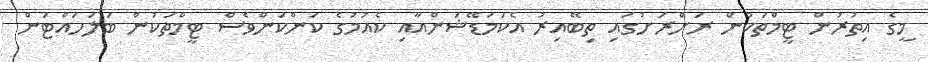
މީގެ އިތުރުން ޓީމްތަކުން ރަށްރަށުގައި ތިބޭއިރު އެކަމަޑޭޝަންއާއި ކެއުމުގެ ކަންކަންވެސް ޓީމްތަކުން ބަލަހައްޓަން